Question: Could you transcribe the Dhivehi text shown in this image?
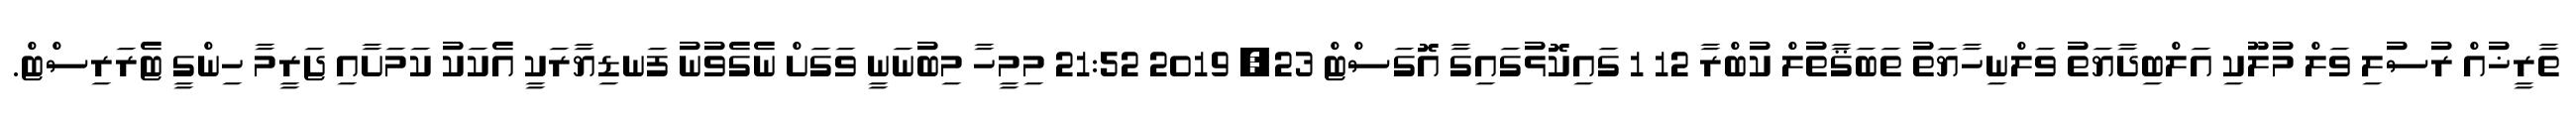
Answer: ތާރީޚުއް ރުސުލި ވަލް މުލޫކި އަލްބިދާޔަތު ވަލްނިހާޔަތު ތަބަޤާތުލް ކުބްރާ 12 1 ގައިކޮޅުގައިގާ އޮގަސްޓް 23, 2019 21:52 މިމީހާ މިބުނަނީ ވަގަށް ނެގެވުނު ފަނޑިޔާރަކީ އެކަކު ކަމަށާއި ޖަރީމާ ހިންގީ ޓެރަރިސްޓް.